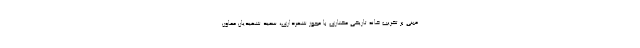
مبنی بر تخریب خانه تاریخی مختاری با مجوز شهرداری، سعید شهیدیان معاون